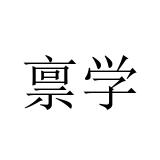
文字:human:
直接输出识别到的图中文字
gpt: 禀学